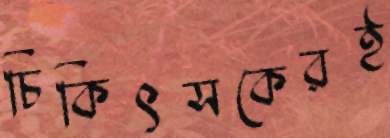
চিকিৎসকেরই